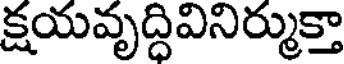
క్షయవృద్ధివినిర్ముక్తా